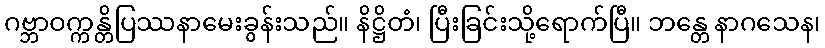
ဂဗ္ဘာဝက္ကန္တိပြဿနာမေးခွန်းသည်။ နိဋ္ဌိတံ၊ ပြီးခြင်းသို့ရောက်ပြီ။ ဘန္တေ နာဂသေန၊